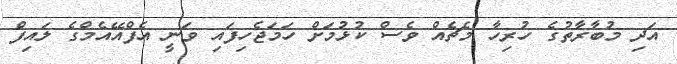
އަދި މުބާރާތުގެ ހުރިހާ މެޗެއް ވެސް ކުޅުމަށް ހަމަޖެހިފައި ވަނީ އެފްއޭއެމްގެ ލައިފް